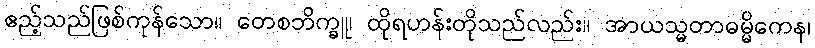
ဧည့်သည်ဖြစ်ကုန်သော။ တေစဘိက္ခူ၊ ထိုရဟန်းတိုသည်လည်း။ အာယသ္မတာဓမ္မိကေန၊